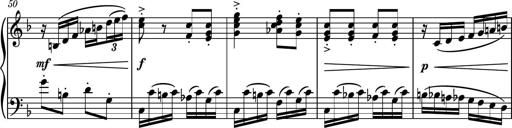
Title: Piano Sonatina No.8
Composer: Dimitri Sykias
Key: F major